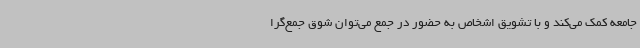
جامعه کمک می‌کند و با تشویق اشخاص به حضور در جمع می‌توان شوق جمع‌گرا